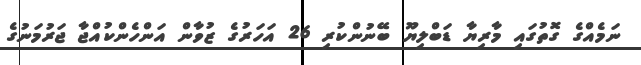
ނަމެއްގެ ގޮތުގައި މާރިޔާ ޑަބްލިޔޫ ބޭނުންކުރި 26 އަހަރުގެ ޒުވާން އަންހެންކުއްޖާ ޖަރުމަނުގެ